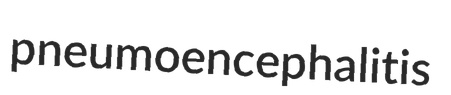
pneumoencephalitis